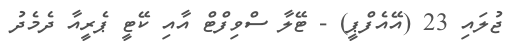
ޖުލައި 23 (އޭއެފްޕީ) - ޓޭލާ ސްވިފްޓް އާއި ކޭޓީ ޕެރީއާ ދެމެދު